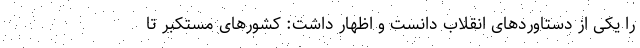
را یکی از دستاوردهای انقلاب دانست و اظهار داشت: کشورهای مستکبر تا